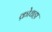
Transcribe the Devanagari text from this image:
क्रोधहा